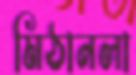
মিঠানলা